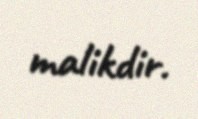
malikdir.